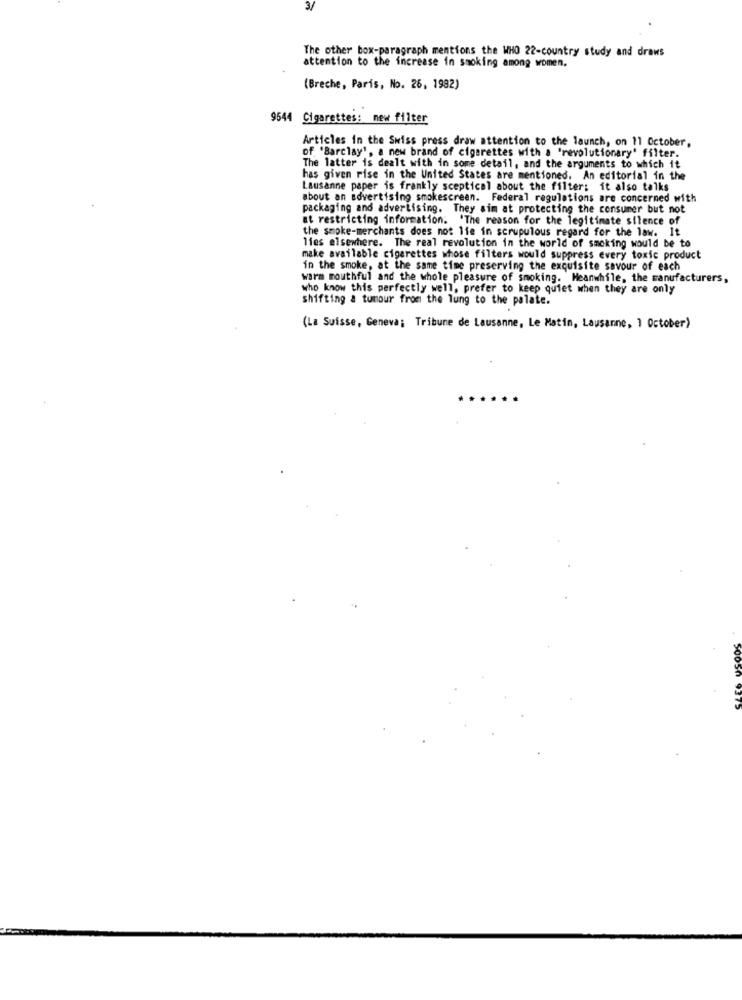
3/
The other box-paragraph mentions the WHO 22-country study and draws
attention to the increase in smoking among women.
(Breche, Paris, No. 26, 1982)
9544 Cigarettes: new filter
Articles in the Swiss press draw attention to the launch, on 11 October,
of 'Barclay', a new brand of cigarettes with a 'revolutionary' filter.
The latter is dealt with in some detail, and the arguments to which it
has given rise in the United States are mentioned. An editorial in the
Lausanne paper is frankly sceptical about the filter; it also talks
about an advertising smokescreen. Federal regulations are concerned with
packaging and advertising. They sim at protecting the consumer but not
at restricting information. 'The reason for the legitimate silence of
the smoke-merchants does not lie in scrupulous regard for the law. It
lies elsewhere. The real revolution in the world of smoking would be to
make available cigarettes whose filters would suppress every toxic product
in the smoke, at the same time preserving the exquisite savour of each
warm mouthful and the whole pleasure of smoking. Meanwhile, the manufacturers,
who know this perfectly well, prefer to keep quiet when they are only
shifting a tumour from the lung to the palate.
(La Suisse, Geneva; Tribune de Lausanne, Le Matin, Lausanne, 1 October)